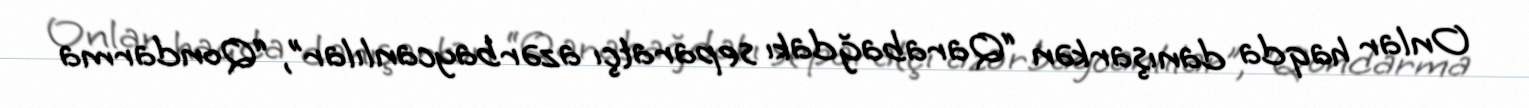
Onlar haqda danışarkən “Qarabağdakı separatçı azərbaycanlılar”, “Qondarma